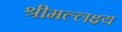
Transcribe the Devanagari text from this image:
श्रीमल्लक्ष्य